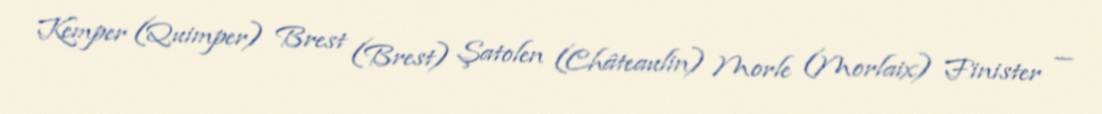
Kemper (Quimper) Brest (Brest) Şatolen (Châteaulin) Morle (Morlaix) Finister —